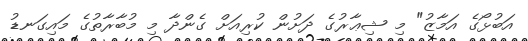
އަބުޅޯގެ އަމާޒު" މި ޝިޢާރުގެ ދަށުން ކުރިއަށް ގެންދާ މި މުބާރާތުގެ މައިގަނޑު